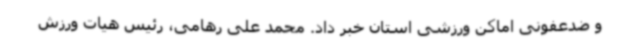
و ضدعفونی اماکن ورزشی استان خبر داد. محمد علی رهامی، رئیس هیات ورزش